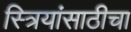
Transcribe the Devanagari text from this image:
स्त्रियांसाठीचा